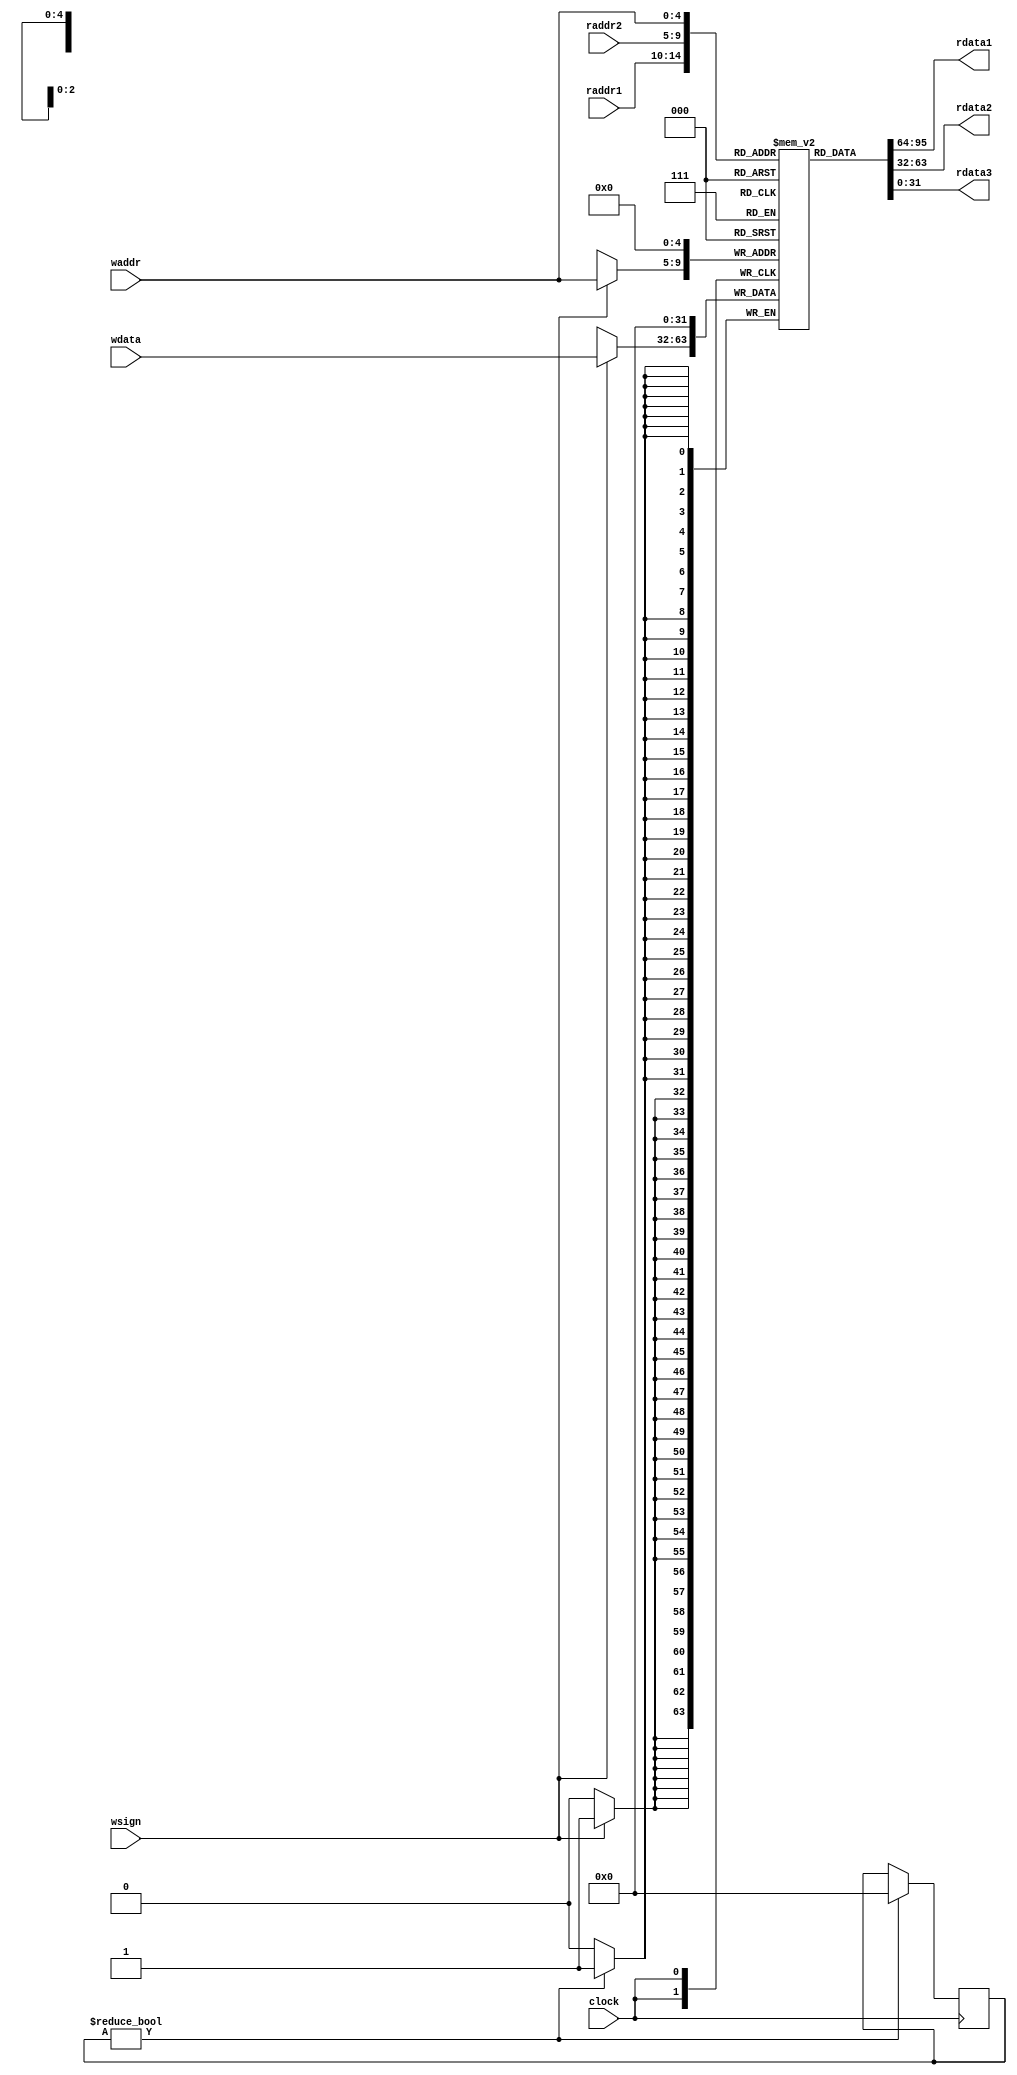
module registerFile(
	input wsign				, 
	input clock				,
	input [31:0] wdata	, 
	input [4:0]	 waddr	, 
	input [4:0]	 raddr1  , 
	input [4:0]  raddr2  , 
	output [31:0] rdata1	, 
	output [31:0] rdata2	,
	output [31:0] rdata3
);

	reg[31:0] registers[31:0]; //32 registradores
	integer firstclock = 1;
	always@(posedge clock) begin
		if (firstclock) begin
			registers[0] = 0;
			firstclock = 0;
		end
		if(wsign) begin
			registers[waddr] = wdata;
		end
		
	end

	assign rdata1 = registers[raddr1];
	assign rdata2 = registers[raddr2];
	assign rdata3 = registers[waddr];

endmodule